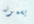
يسمونه